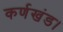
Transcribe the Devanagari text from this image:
कर्णखंड।